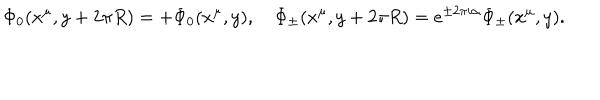
LaTeX: \Phi _ { 0 } ( x ^ { \mu } , y + 2 \pi R ) = + \Phi _ { 0 } ( x ^ { \mu } , y ) , \quad \Phi _ { \pm } ( x ^ { \mu } , y + 2 \pi R ) = e ^ { \pm 2 \pi i \alpha } \Phi _ { \pm } ( x ^ { \mu } , y ) .